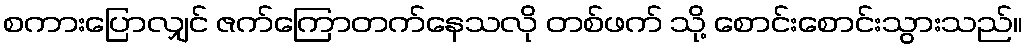
စကားပြောလျှင် ဇက်ကြောတက်နေသလို တစ်ဖက် သို့ စောင်းစောင်းသွားသည်။